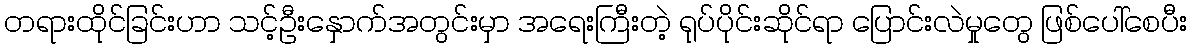
တရားထိုင်ခြင်းဟာ သင့်ဦးနှောက်အတွင်းမှာ အရေးကြီးတဲ့ ရုပ်ပိုင်းဆိုင်ရာ ပြောင်းလဲမှုတွေ ဖြစ်ပေါ်စေပီး